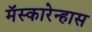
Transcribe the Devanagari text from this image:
मॅस्कारेन्हास